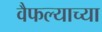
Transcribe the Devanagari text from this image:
वैफल्याच्या